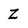
Character: z